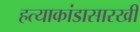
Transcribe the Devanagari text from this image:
हत्याकांडासारखी